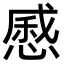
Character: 㥻